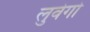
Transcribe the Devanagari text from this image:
लुवेगो